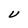
Character: U